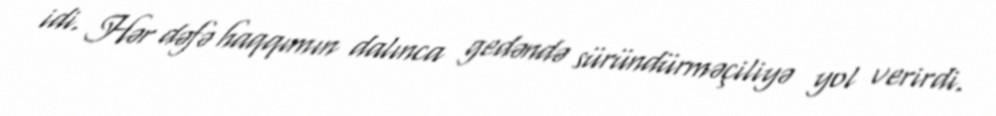
idi. Hər dəfə haqqımın dalınca gedəndə süründürməçiliyə yol verirdi.